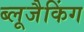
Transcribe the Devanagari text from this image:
ब्लूजैकिंग